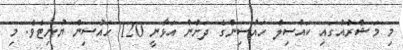
މި މަޝްރުއުގައި ކައުސިލް ހައުސިންގެ ދަށުން އަޅާނީ 120 ހައުސިން ޔުނިޓެވެ. މި